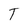
Character: T